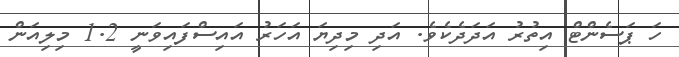
ހަ ޕަސެންޓް އިތުރު އަދަދެކެވެ. އަދި މިދިޔަ އަހަރު އައިސްފައިވަނީ 1.2 މިލިއަން